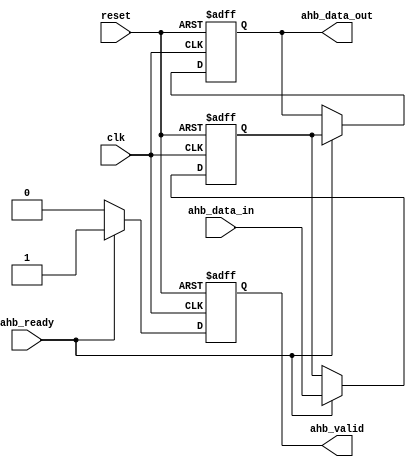
module timing_controller (
    input wire clk,
    input wire reset,
    input wire ahb_ready,
    output wire ahb_valid,
    input wire [31:0] ahb_data_in,
    output wire [31:0] ahb_data_out
);

reg [31:0] data_buffer;
reg [31:0] sync_data;

always @(posedge clk or posedge reset) begin
    if(reset) begin
        data_buffer <= 32'h0;
        sync_data <= 32'h0;
    end else begin
        if(ahb_ready) begin
            data_buffer <= ahb_data_in;
        end
    end
end

always @(posedge clk or posedge reset) begin
    if(reset) begin
        ahb_valid <= 1'b0;
        ahb_data_out <= 32'h0;
    end else begin
        if(ahb_ready) begin
            ahb_valid <= 1'b1;
            ahb_data_out <= data_buffer;
        end else begin
            ahb_valid <= 1'b0;
        end
    end
end

endmodule